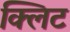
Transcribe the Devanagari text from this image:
क्लिट